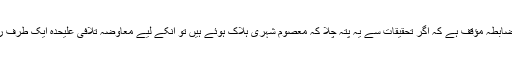
(حکومت کا باضابطہ مؤقف ہے کہ اگر تحقیقات سے یہ پتہ چلا کہ معصوم شہری ہلاک ہوئے ہیں تو انکے لیے معاوضہ تلافی علیحدہ ایک طرف رکھ دیا گیا ہے۔